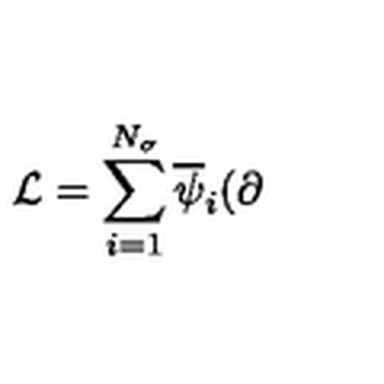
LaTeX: \mathcal { L } = \sum _ { i = 1 } ^ { N _ { \sigma } } \overline { { \psi } } _ { i } ( \partial \! \! \!